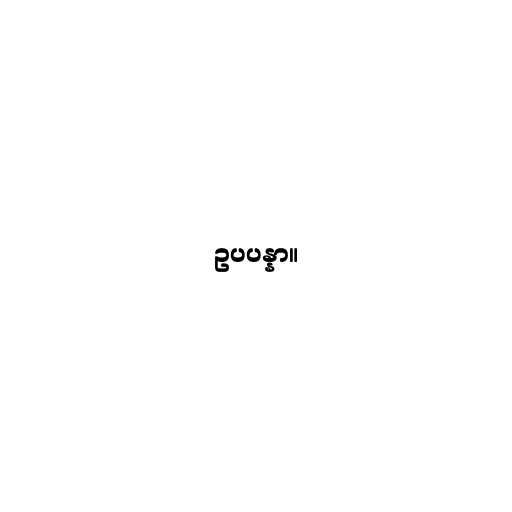
ဥပပန္နာ။